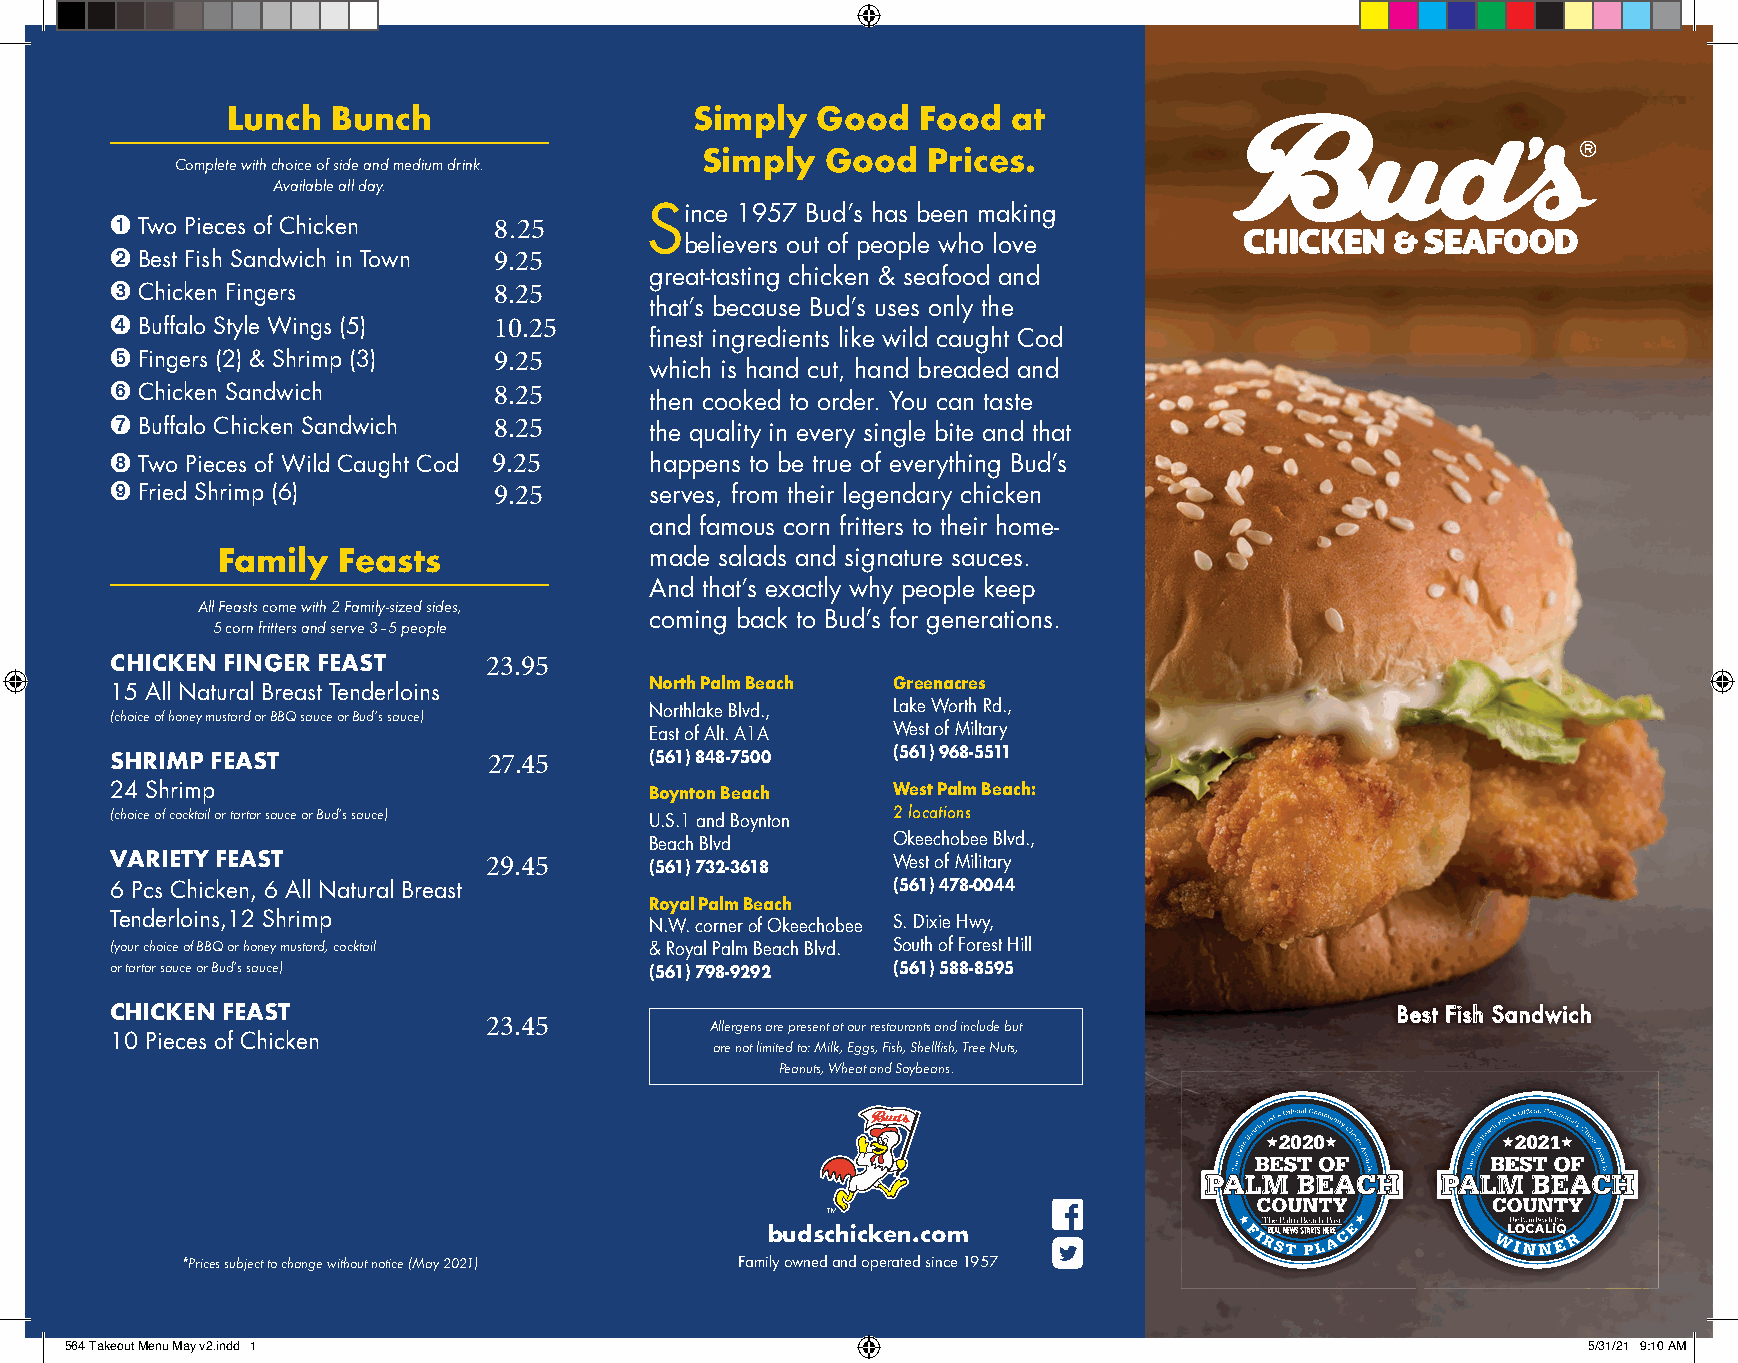
Lunch  Bunch                   Simply  Good   Food  at
 Simply   Good  Prices.
 Complete with choice of side and medium drink.
 Available all day.
 ➊                                   Since 1957 Bud’s has been making
 Two Pieces of Chicken   8.25
 believers out of people who love
 ➋
 Best Fish Sandwich in Town 9.25
 great-tasting chicken & seafood and
 ➌
 Chicken Fingers         8.25
 that’s because Bud’s uses only the
 ➍
 Buffalo Style Wings (5) 10.25
 fi nest ingredients like wild caught Cod
 ➎
 Fingers (2) & Shrimp (3) 9.25
 which is hand cut, hand breaded and
 ➏
 Chicken Sandwich        8.25
 then cooked to order. You can taste
 ➐
 Buffalo Chicken Sandwich 8.25     the quality in every single bite and that
 ➑ Two Pieces of Wild Caught Cod 9.25 happens to be true of everything Bud’s
 ➒
 Fried Shrimp (6)        9.25      serves, from their legendary chicken
 and famous corn fritters to their home-
 Family  Feasts               made salads and signature sauces.
 And that’s exactly why people keep
 All Feasts come with 2 Family-sized sides,
 coming back to Bud’s for generations.
 5 corn fritters and serve 3–5 people
 CHICKEN FINGER FEAST     23.95
 North Palm Beach Greenacres
 15 All Natural Breast Tenderloins
 Northlake Blvd., Lake Worth Rd.,
 (choice of honey mustard or BBQ sauce or Bud’s sauce)
 East of Alt. A1A West of Miltary
 SHRIMP FEAST             27.45      (561)848-7500   (561)968-5511
 24 Shrimp                           Boynton Beach   West Palm Beach:
 (choice of cocktail or tartar sauce or Bud’s sauce) U.S.1 and Boynton 2 locations
 Beach Blvd      Okeechobee Blvd.,
 VARIETY FEAST
 29.45      (561)732-3618   West of Military
 6 Pcs Chicken, 6 All Natural Breast                 (561)478-0044
 Royal Palm Beach
 Tenderloins,12 Shrimp               N.W. corner of Okeechobee S.Dixie Hwy,
 (your choice of BBQ or honey mustard, cocktail & Royal Palm Beach Blvd. South of Forest Hill
 or tartar sauce or Bud’s sauce)     (561)798-9292   (561)588-8595
 CHICKEN FEAST                                                                        BBeesstt FFiisshh SSaannddwwiicchh
 23.45          Allergens are present at our restaurants and include but
 10 Pieces of Chicken
 are not limited to: Milk, Eggs, Fish, Shellfi sh, Tree Nuts,
 Peanuts, Wheat and Soybeans.
 budschicken.com
 *Prices subject to change without notice (May 2021) Family owned and operated since 1957
 556644 TTaakkeeoouutt MMeennuu MMaayy vv22..iinndddd 11                                              55//3311//2211 99::1100 AAMM